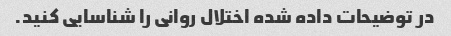
در توضیحات داده شده اختلال روانی را شناسایی کنید.